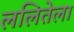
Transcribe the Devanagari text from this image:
ललितेला